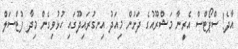
އާދެ! ސްޕޯޓްސް އެރީނާ މަޝްރޫއުގެ ދަށުން މިއަދު އިނގުރައިދޫގައި ހުޅުވިގެން މިދާ ފުޓްސަލް